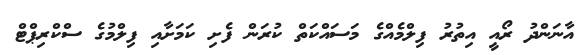
އާނަންދު ރޯއީ އިތުރު ފިލްމެއްގެ މަސައްކަތް ކުރަން ފެށި ކަމަށާއި ފިލްމުގެ ސްކްރިޕްޓް